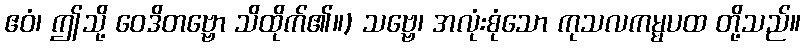
ဧဝံ၊ ဤသို့ ဝေဒိတဗ္ဗော သိထိုက်၏။) သဗ္ဗေ၊ အလုံးစုံသော ကုသလကမ္မပထ တို့သည်။